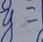
y = 1